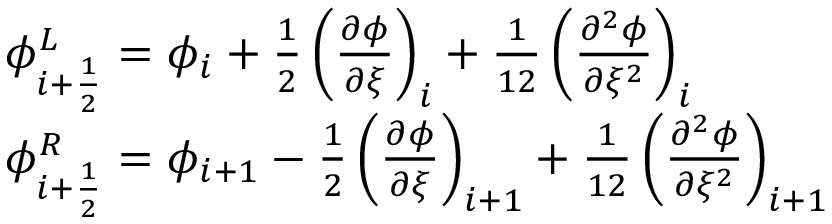
\begin{array} { r l } & { \phi _ { i + \frac { 1 } { 2 } } ^ { L } = \phi _ { i } + \frac { 1 } { 2 } \left( \frac { \partial \phi } { \partial \xi } \right) _ { i } + \frac { 1 } { 1 2 } \left( \frac { \partial ^ { 2 } \phi } { \partial \xi ^ { 2 } } \right) _ { i } } \\ & { \phi _ { i + \frac { 1 } { 2 } } ^ { R } = \phi _ { i + 1 } - \frac { 1 } { 2 } \left( \frac { \partial \phi } { \partial \xi } \right) _ { i + 1 } + \frac { 1 } { 1 2 } \left( \frac { \partial ^ { 2 } \phi } { \partial \xi ^ { 2 } } \right) _ { i + 1 } } \end{array}